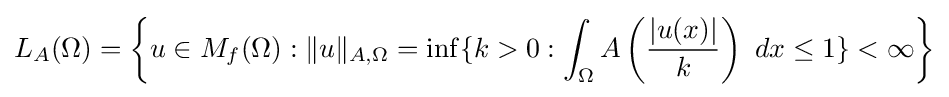
L_{A}(\Omega )=\left\{u\in M_{f}(\Omega ):\|u\|_{A,\Omega }=\inf\{k>0:\int _{\Omega }A\left({\frac {|u(x)|}{k}}\right)~dx\leq 1\}<\infty \right\}